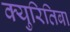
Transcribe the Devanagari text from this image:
क्युरितिबा